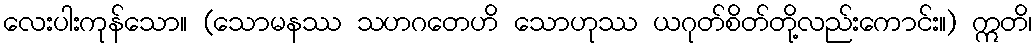
လေးပါးကုန်သော။ (သောမနဿ သဟဂတေဟိ သောဟုဿ ယဂုတ်စိတ်တို့လည်းကောင်း။) ဣတိ၊